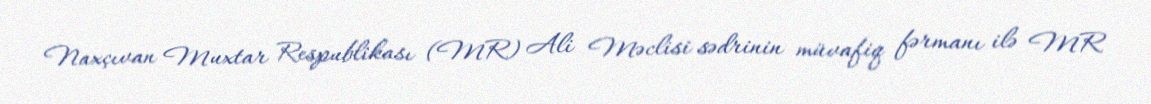
Naxçıvan Muxtar Respublikası (MR) Ali Məclisi sədrinin müvafiq fərmanı ilə MR